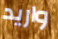
واريد